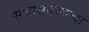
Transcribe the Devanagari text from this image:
सभासदस्यत्वा